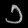
Digit: ၁